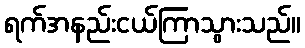
ရက်အနည်းငယ်ကြာသွားသည်။